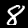
Digit: 8